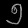
Digit: ၅